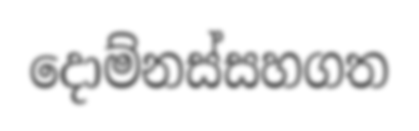
දොම්නස්සහගත